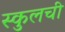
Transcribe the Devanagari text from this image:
स्कुलची